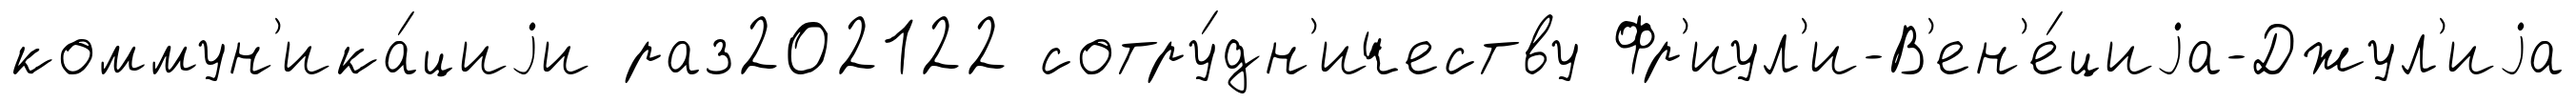
коммун'ика́циjи раз202122 сотру́дн'ичеству Фр'иул'и-В'ен'е́циjа-Джул'иjа